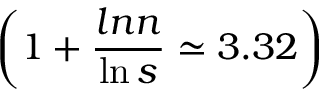
\left( 1 + \frac { l n n } { \ln s } \simeq 3 . 3 2 \right)